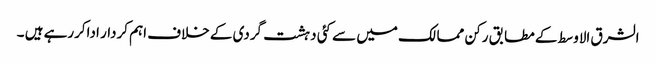
الشرق الاوسط کے مطابق رکن ممالک میں سے کئی دہشت گردی کے خلاف اہم کردار اداکررہے ہیں ۔